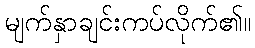
မျက်နှာချင်းကပ်လိုက်၏။